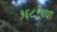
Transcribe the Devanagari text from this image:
१६८९च्या